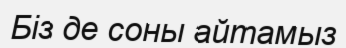
Біз де соны айтамыз